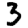
Digit: 3